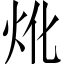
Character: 𤆷